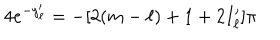
4 e ^ { - y _ { \ell } ^ { \prime } } = - [ 2 ( m - \ell ) + 1 + 2 I _ { \ell } ^ { \prime } ] \pi